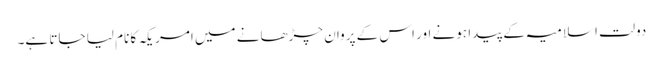
دولت اسلامیہ کے پیدا ہونے اور اس کے پروان چڑھانے میں امریکہ کا نام لیا جاتا ہے۔